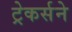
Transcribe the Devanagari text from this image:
ट्रेकर्सने